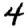
Digit: 4